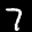
Label: 7